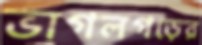
ভাগলগড়ের